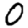
Digit: 0